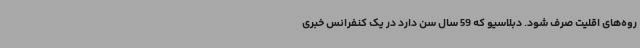
روه‌های اقلیت صرف شود. دبلاسیو که 59 سال سن دارد در یک کنفرانس خبری